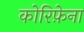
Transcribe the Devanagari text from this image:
कोरिफ़ेना